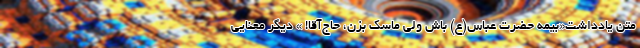
متن یادداشت«بیمه حضرت عباس(ع) باش ولی ماسک بزن، حاج‌آقا! » دیگر معنایی